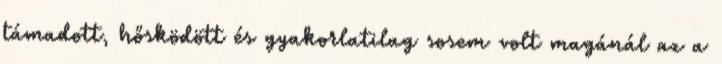
támadott, hősködött és gyakorlatilag sosem volt magánál az a